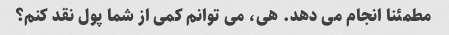
مطمئنا انجام می دهد. هی، می توانم کمی از شما پول نقد کنم؟